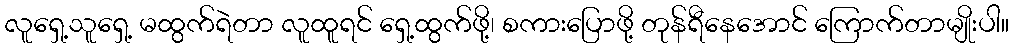
လူရှေ့သူရှေ့ မထွက်ရဲတာ လူထူရင် ရှေ့ထွက်ဖို့၊ စကားပြောဖို့ တုန်ရီနေအောင် ကြောက်တာမျိုးပါ။